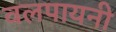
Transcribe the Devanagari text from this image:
वलपायनी